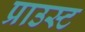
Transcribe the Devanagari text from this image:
प्राउस्ट